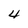
Character: 4